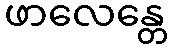
ဖာလေန္တေ